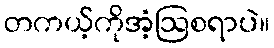
တကယ့်ကိုအံ့ဩစရာပဲ။